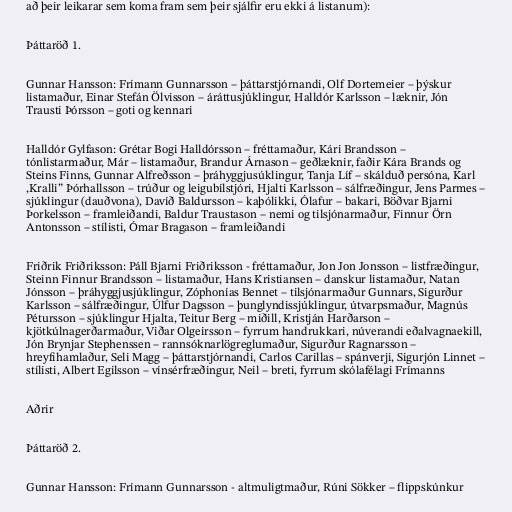
að þeir leikarar sem koma fram sem þeir sjálfir eru ekki á listanum):

Þáttaröð 1.

Gunnar Hansson: Frímann Gunnarsson – þáttarstjórnandi, Olf Dortemeier – þýskur
listamaður, Einar Stefán Ölvisson – áráttusjúklingur, Halldór Karlsson – læknir, Jón
Trausti Þórsson – goti og kennari

Halldór Gylfason: Grétar Bogi Halldórsson – fréttamaður, Kári Brandsson –
tónlistarmaður, Már – listamaður, Brandur Árnason – geðlæknir, faðir Kára Brands og
Steins Finns, Gunnar Alfreðsson – þráhyggjusúklingur, Tanja Líf – skálduð persóna, Karl
,Kralli” Þórhallsson – trúður og leigubílstjóri, Hjalti Karlsson – sálfræðingur, Jens Parmes –
sjúklingur (dauðvona), Davíð Baldursson – kaþólikki, Ólafur – bakari, Böðvar Bjarni
Þorkelsson – framleiðandi, Baldur Traustason – nemi og tilsjónarmaður, Finnur Örn
Antonsson – stílisti, Ómar Bragason – framleiðandi

Friðrik Friðriksson: Páll Bjarni Friðriksson - fréttamaður, Jon Jon Jonsson – listfræðingur,
Steinn Finnur Brandsson – listamaður, Hans Kristiansen – danskur listamaður, Natan
Jónsson – þráhyggjusjúklingur, Zóphonías Bennet – tilsjónarmaður Gunnars, Sigurður
Karlsson – sálfræðingur, Úlfur Dagsson – þunglyndissjúklingur, útvarpsmaður, Magnús
Pétursson – sjúklingur Hjalta, Teitur Berg – miðill, Kristján Harðarson –
kjötkúlnagerðarmaður, Viðar Olgeirsson – fyrrum handrukkari, núverandi eðalvagnaekill,
Jón Brynjar Stephenssen – rannsóknarlögreglumaður, Sigurður Ragnarsson –
hreyfihamlaður, Seli Magg – þáttarstjórnandi, Carlos Carillas – spánverji, Sigurjón Linnet –
stílisti, Albert Egilsson – vínsérfræðingur, Neil – breti, fyrrum skólafélagi Frímanns

Aðrir

Þáttaröð 2.

Gunnar Hansson: Frímann Gunnarsson - altmuligtmaður, Rúni Sökker – flippskúnkur